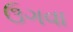
ઉગવા